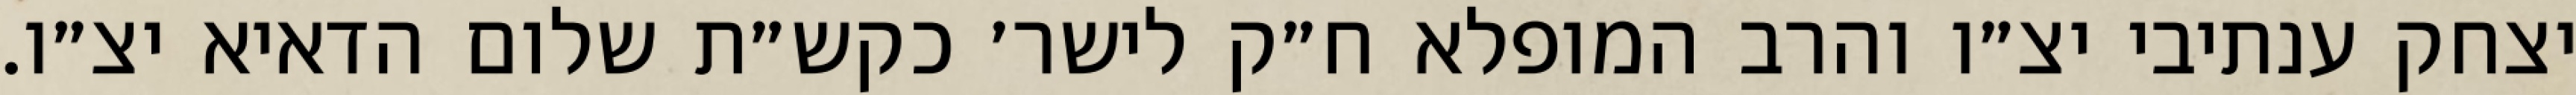
יצחק ענתיבי יצ״ו והרב המופלא ח״ק לישר׳ כקש״ת שלום הדאיא יצ״ו.